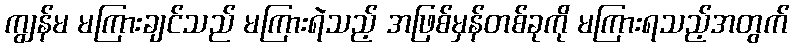
ကျွန်မ မကြားချင်သည် မကြားရဲသည့် အဖြစ်မှန်တစ်ခုကို မကြားရသည့်အတွက်